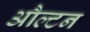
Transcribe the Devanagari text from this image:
औल्टन